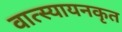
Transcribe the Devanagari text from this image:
वात्स्यायनकृत